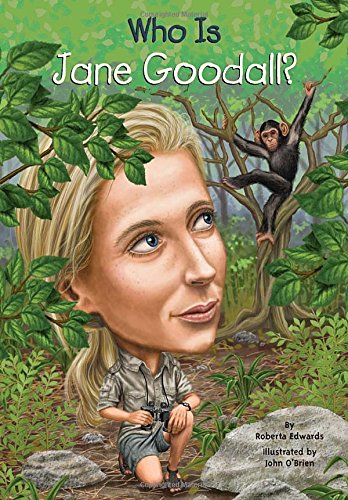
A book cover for Who Is Jane Goodall? (Who Was...?); Roberta Edwards; Children's Books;